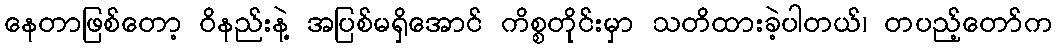
နေတာဖြစ်တော့ ဝိနည်းနဲ့ အပြစ်မရှိအောင် ကိစ္စတိုင်းမှာ သတိထားခဲ့ပါတယ်၊ တပည့်တော်က